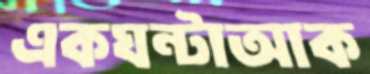
একঘন্টাআক